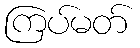
ကြပ်မတ်